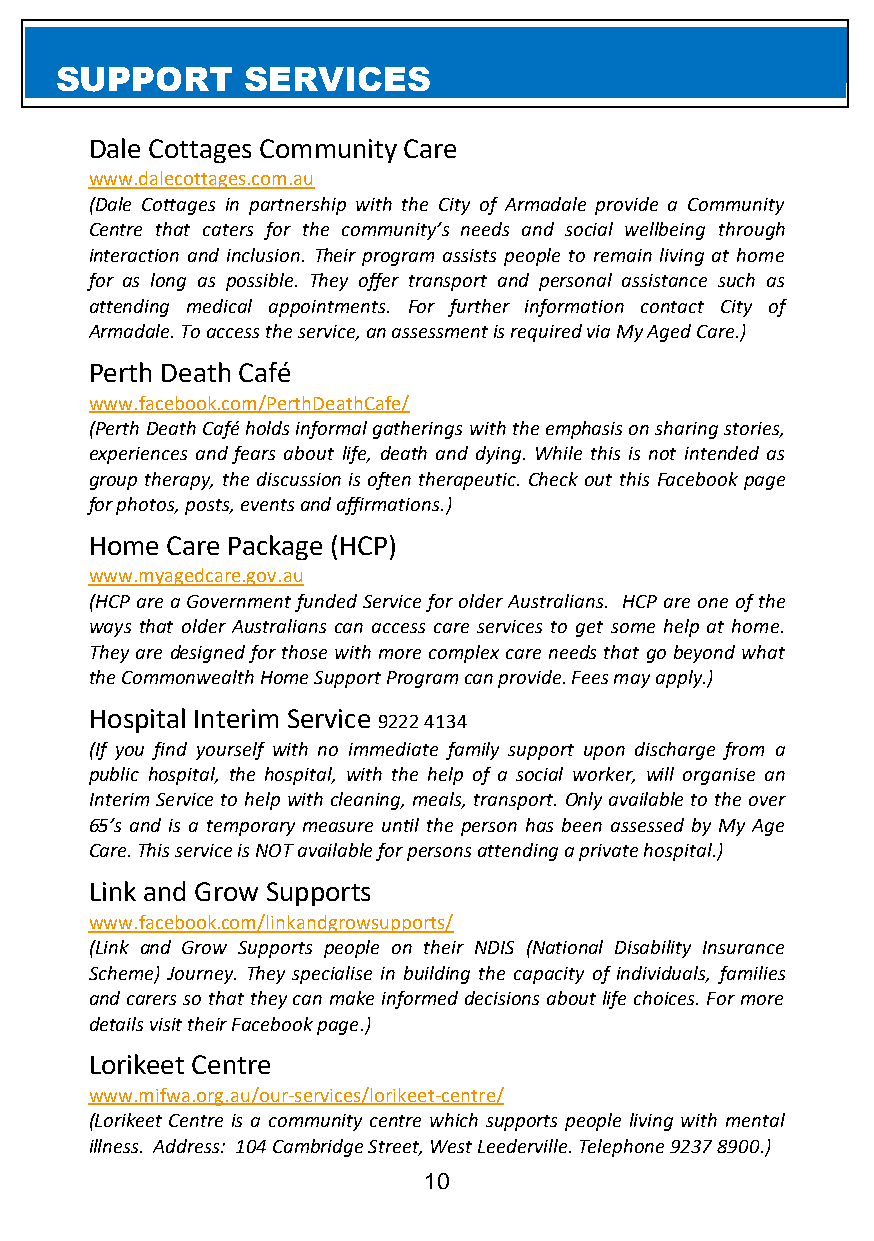
SUPPORT     SERVICES
 Dale Cottages Community Care
 www.dalecottages.com.au
 (Dale Cottages in partnership with the City of Armadale provide a Community
 Centre that caters for the community’s needs and social wellbeing through
 interaction and inclusion. Their program assists people to remain living at home
 for as long as possible. They offer transport and personal assistance such as
 attending medical appointments. For further information contact City of
 Armadale. To access the service, an assessment is required via My Aged Care.)
 Perth Death Café
 www.facebook.com/PerthDeathCafe/
 (Perth Death Café holds informal gatherings with the emphasis on sharing stories,
 experiences and fears about life, death and dying. While this is not intended as
 group therapy, the discussion is often therapeutic. Check out this Facebook page
 for photos, posts, events and affirmations.)
 Home Care Package (HCP)
 www.myagedcare.gov.au
 (HCP are a Government funded Service for older Australians. HCP are one of the
 ways that older Australians can access care services to get some help at home.
 They are designed for those with more complex care needs that go beyond what
 the Commonwealth Home Support Program can provide. Fees may apply.)
 Hospital Interim Service
 9222 4134
 (If you find yourself with no immediate family support upon discharge from a
 public hospital, the hospital, with the help of a social worker, will organise an
 Interim Service to help with cleaning, meals, transport. Only available to the over
 65’s and is a temporary measure until the person has been assessed by My Age
 Care. This service is NOT available for persons attending a private hospital.)
 Link and Grow Supports
 www.facebook.com/linkandgrowsupports/
 (Link and Grow Supports people on their NDIS (National Disability Insurance
 Scheme) Journey. They specialise in building the capacity of individuals, families
 and carers so that they can make informed decisions about life choices. For more
 details visit their Facebook page.)
 Lorikeet Centre
 www.mifwa.org.au/our-services/lorikeet-centre/
 (Lorikeet Centre is a community centre which supports people living with mental
 illness. Address: 104 Cambridge Street, West Leederville. Telephone 9237 8900.)
 10